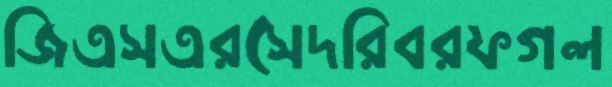
জিএসএরসেদরিবরফগল